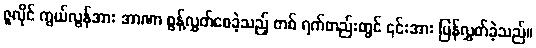
ဇူလိုင် ကွယ်လွန်အား အာဏာ စွန့်လွှတ်စေခဲ့သည့် တစ် ရက်တည်းတွင် ၎င်းအား ပြန်လွှတ်ခဲ့သည်။